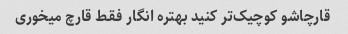
قارچاشو کوچیک‌تر کنید بهتره انگار فقط قارچ میخوری